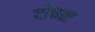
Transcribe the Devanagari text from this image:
टोचता